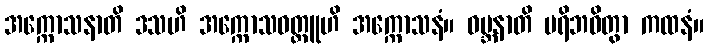
အက္ကောသနာတိ ဒသဟိ အက္ကောသဝတ္ထူဟိ အက္ကောသနံ။ ဝမ္ဘနာတိ ပရိဘဝိတွာ ကထနံ။